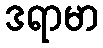
ဒရာမာ